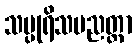
သပ္ပုရိသပညတ္တာ